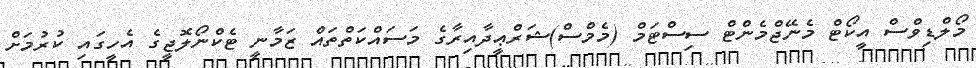
މޯލްޑިވްސް އީކޯޓް މެނޭޖްމެންޓް ސިސްޓަމް (މެމްސް)ޝަރްޢީދާއިރާގެ މަސައްކަތްތައް ޒަމާނީ ޓެކްނޯލޮޖީގެ އެހީގައި ކުރުމަށް